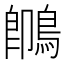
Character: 䳭